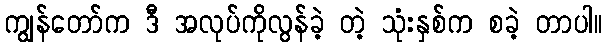
ကျွန်တော်က ဒီ အလုပ်ကိုလွန်ခဲ့ တဲ့ သုံးနှစ်က စခဲ့ တာပါ။